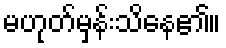
မဟုတ်မှန်းသိနေ၏။